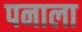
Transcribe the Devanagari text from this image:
पनाला